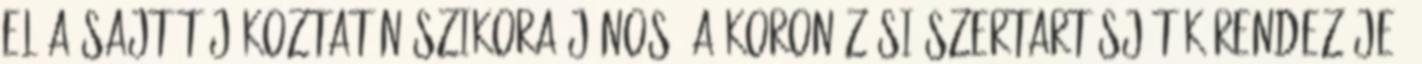
el a sajtótájékoztatón Szikora János, a Koronázási szertartásjáték rendezője.